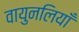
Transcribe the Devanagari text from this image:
वायुनलियाँ